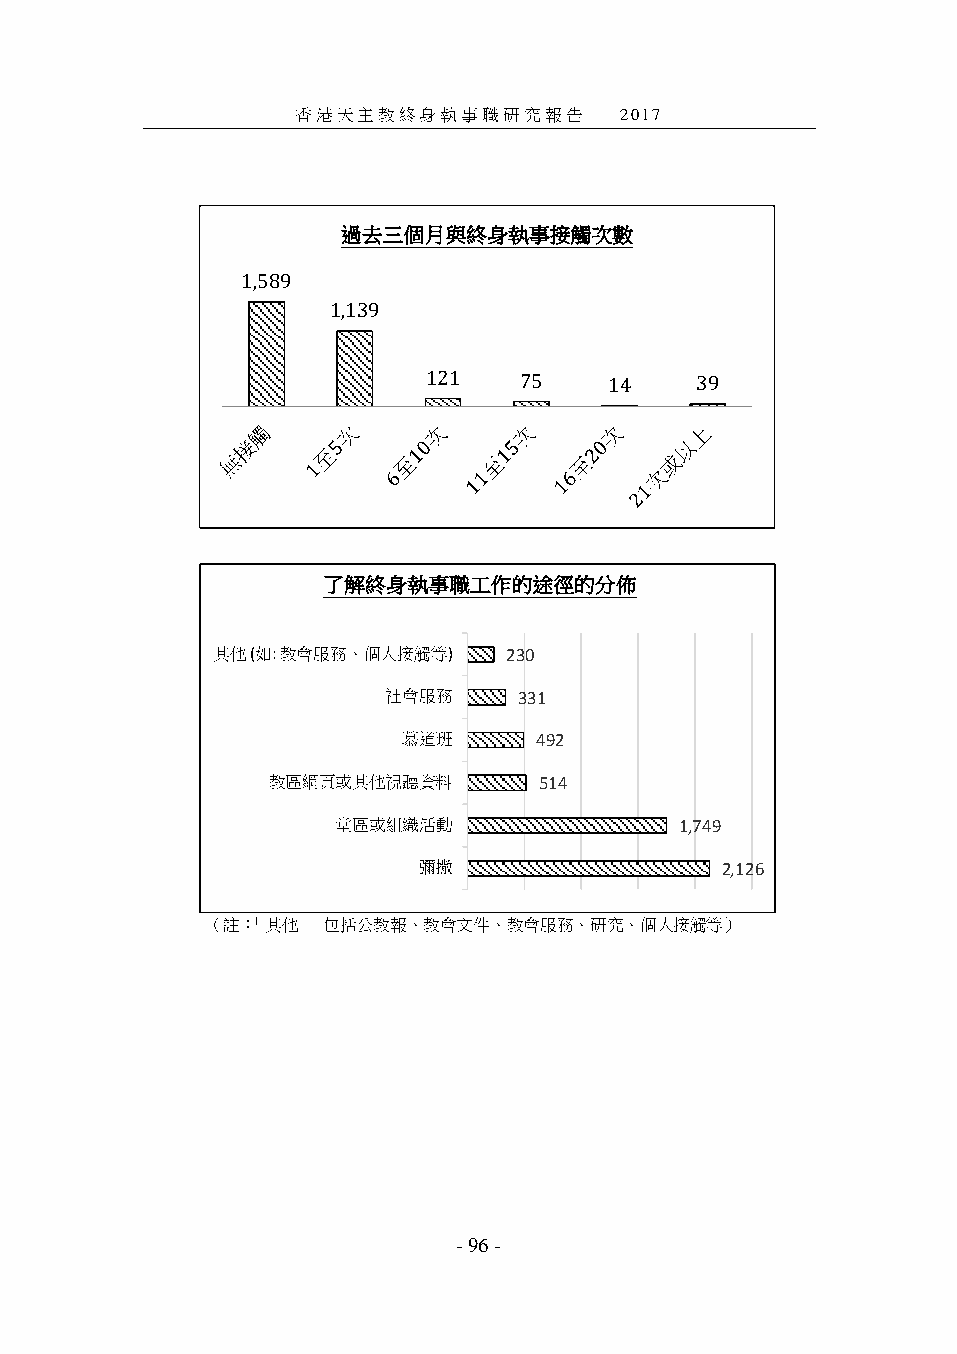
香港天主教終身執事職研究報告──2017
 過去三個月與終身執事接觸次數
 1,589
 1,139
 121   75    14    39
 了解終身執事職工作的途徑的分佈
 其他 (如: 教會服務、個人接觸等)  230
 社會服務    331
 慕道班     492
 教區網頁或其他視聽資料       514
 堂區或組織活動                1,749
 彌撒                  2,126
 （註：「其他」 包括公教報、教會文件、教會服務、研究、個人接觸等）
 - 96 -